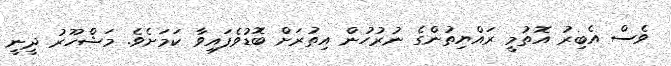
ވެސް އެބިރު އޮތުމީ ރައްޔިތުންގެ ނުރުހުން އިތުރަށް ބޮޑުވެފައިވާ ކަމަށެވެ. މަޝްހޫރު ދީނީ